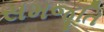
સમજૂતિ